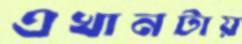
এখানটায়